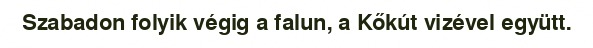
Szabadon folyik végig a falun, a Kőkút vizével együtt.